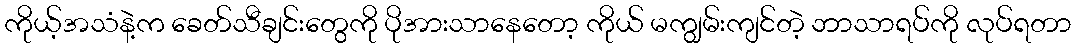
ကိုယ့်အသံနဲ့က ခေတ်သီချင်းတွေကို ပိုအားသာနေတော့ ကိုယ် မကျွမ်းကျင်တဲ့ ဘာသာရပ်ကို လုပ်ရတာ